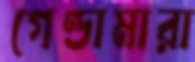
গেণ্ডামারা